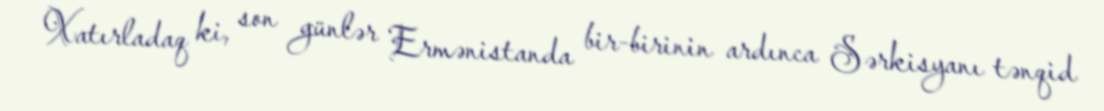
Xatırladaq ki, son günlər Ermənistanda bir-birinin ardınca Sərkisyanı tənqid